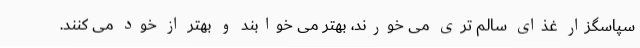
سپاسگزار غذای سالم تری می خورند، بهتر می خوابند و بهتر از خود می کنند.